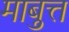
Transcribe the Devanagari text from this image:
माबुत्त